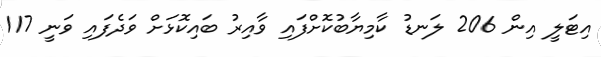
އިޓަލީ އިން 206 ލަނޑު ކާމިޔާބުކޮށްފައި ވާއިރު ބައިކޮޅަށް ވަދެފައި ވަނީ 117